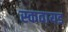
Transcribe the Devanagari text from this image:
स्कवायड